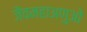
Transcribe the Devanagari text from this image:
जैवमहाअणुओं